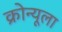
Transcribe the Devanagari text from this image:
क्रोन्यूला